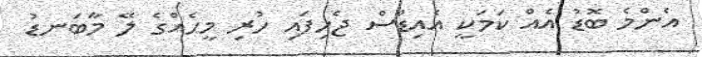
އެންމެ ބޮޑު އެއް ކަމަކީ އެއިޑްސް ޖެހިފައި ހުރި މީހެއްގެ ލޭ މާބަނޑު